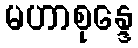
မဟာစုန္ဒေ